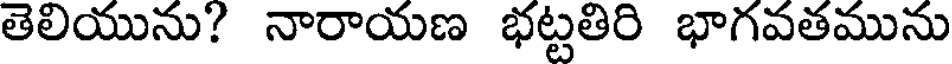
తెలియును? నారాయణ భట్టతిరి భాగవతమును